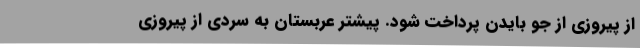
از پیروزی از جو بایدن پرداخت شود. پیشتر عربستان به سردی از پیروزی